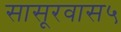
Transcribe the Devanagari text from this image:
सासूरवास५